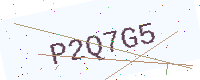
Text: P2Q7G5